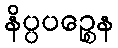
နိပ္ပပဉ္စေန